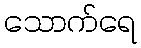
သောက်ရေ